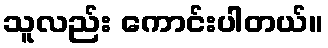
သူလည်း ကောင်းပါတယ်။